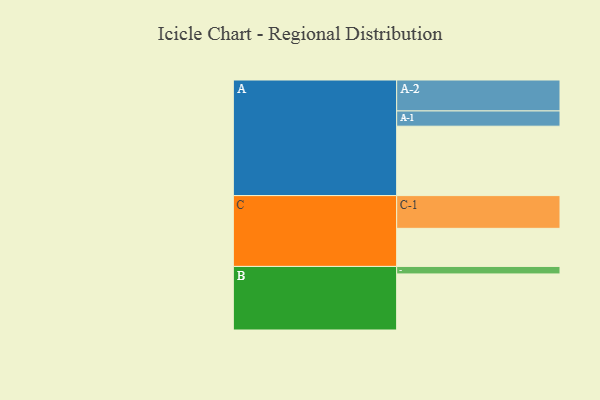
{"axis": {"x": "Segment", "y": "Value"}, "legend": ["", "A", "B", "C"], "data": [{"x": "A", "y": 583, "type": ""}, {"x": "B", "y": 471, "type": ""}, {"x": "C", "y": 320, "type": ""}, {"x": "A-1", "y": 128, "type": "A"}, {"x": "A-2", "y": 260, "type": "A"}, {"x": "B-1", "y": 63, "type": "B"}, {"x": "C-1", "y": 275, "type": "C"}]}